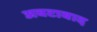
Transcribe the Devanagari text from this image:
अबटाबाद